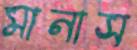
মানাস